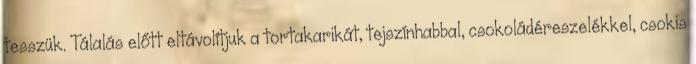
tesszük. Tálalás előtt eltávolítjuk a tortakarikát, tejszínhabbal, csokoládéreszelékkel, csokis